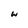
Character: w